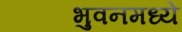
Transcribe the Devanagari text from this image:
भुवनमध्ये